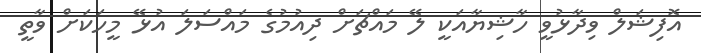
އޮފިޝަލް ވިދާޅުވީ ހާޝިޔާއަކީ ލޭ މައްޗަށް ދިއުމުގެ މައްސަލަ އުޅޭ މީހަކަށް ވާތީ